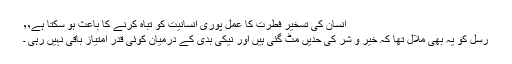
انسان كی تسخیرِ فطرت كا عمل پوری انسانیت كو تباہ كرنے كا باعث ہو سكتا ہے٬٬
رسل كو یہ بھی ملال تھا كہ خیر و شر كی حدیں مٹ گئی ہیں اور نیكی بدی كے درمیان كوئی قدرِ امتیاز باقی نہیں رہی ۔